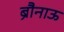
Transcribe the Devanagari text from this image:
ब्रौनाऊ